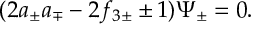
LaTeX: ( 2 a _ { \pm } a _ { \mp } - 2 f _ { 3 \pm } \pm 1 ) \Psi _ { \pm } = 0 .